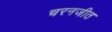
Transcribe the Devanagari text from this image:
चरनजीत